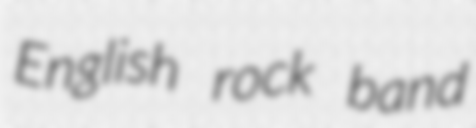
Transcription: English rock band